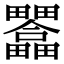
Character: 𤴇